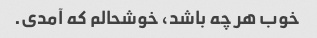
خوب هر چه باشد، خوشحالم که آمدی.